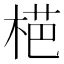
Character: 𱣪